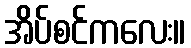
အိပ်စင်ကလေး။